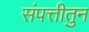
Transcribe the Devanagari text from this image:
संपत्तीतुन